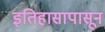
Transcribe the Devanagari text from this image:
इतिहासापासून